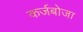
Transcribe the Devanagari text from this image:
कर्जबोजा